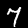
Digit: 7